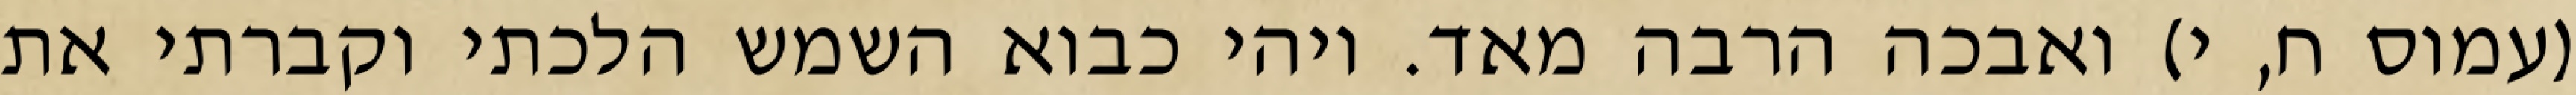
(עמוס ח, י) ואבכה הרבה מאד. ויהי כבוא השמש הלכתי וקברתי את